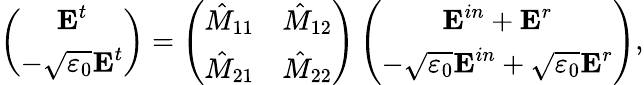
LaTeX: \left(\begin{array}{c}{\textbf{E}^{t}}\\ {-\sqrt{\varepsilon_{0}}\textbf{E}^{t}}\end{array}\right)=\left(\begin{array}{ll}{\hat{M}_{11}}&{\hat{M}_{12}}\\ {\hat{M}_{21}}&{\hat{M}_{22}}\end{array}\right)\left(\begin{array}{c}{\textbf{E}^{in}+\textbf{E}^{r}}\\ {-\sqrt{\varepsilon_{0}}\textbf{E}^{in}+\sqrt{\varepsilon_{0}}\textbf{E}^{r}}\end{array}\right),